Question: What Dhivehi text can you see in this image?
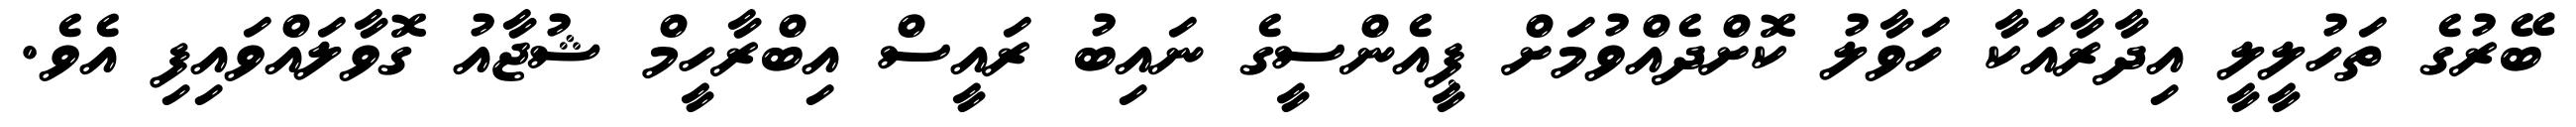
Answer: ބޭރުގެ ތަހުލީލީ އިދާރާއަކާ ހަވާލު ކޮށްދެއްވުމަށް ޕީއެންސީގެ ނައިބު ރައީސް އިބްރާހީމް ޝުޖާއު ގޮވާލައްވައިފި އެވެ.